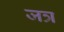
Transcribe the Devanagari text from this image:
जत्र